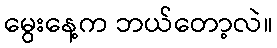
မွေးနေ့က ဘယ်တော့လဲ။